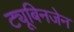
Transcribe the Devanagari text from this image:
ट्यूबिनजेन